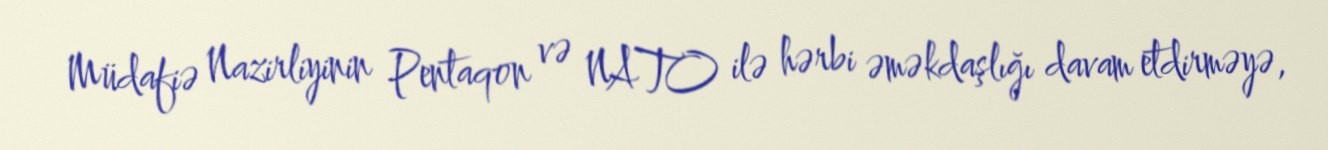
Müdafiə Nazirliyinin Pentaqon və NATO ilə hərbi əməkdaşlığı davam etdirməyə,